NAE_Eesti_seltside_protokollid_1900-1917, lk 3
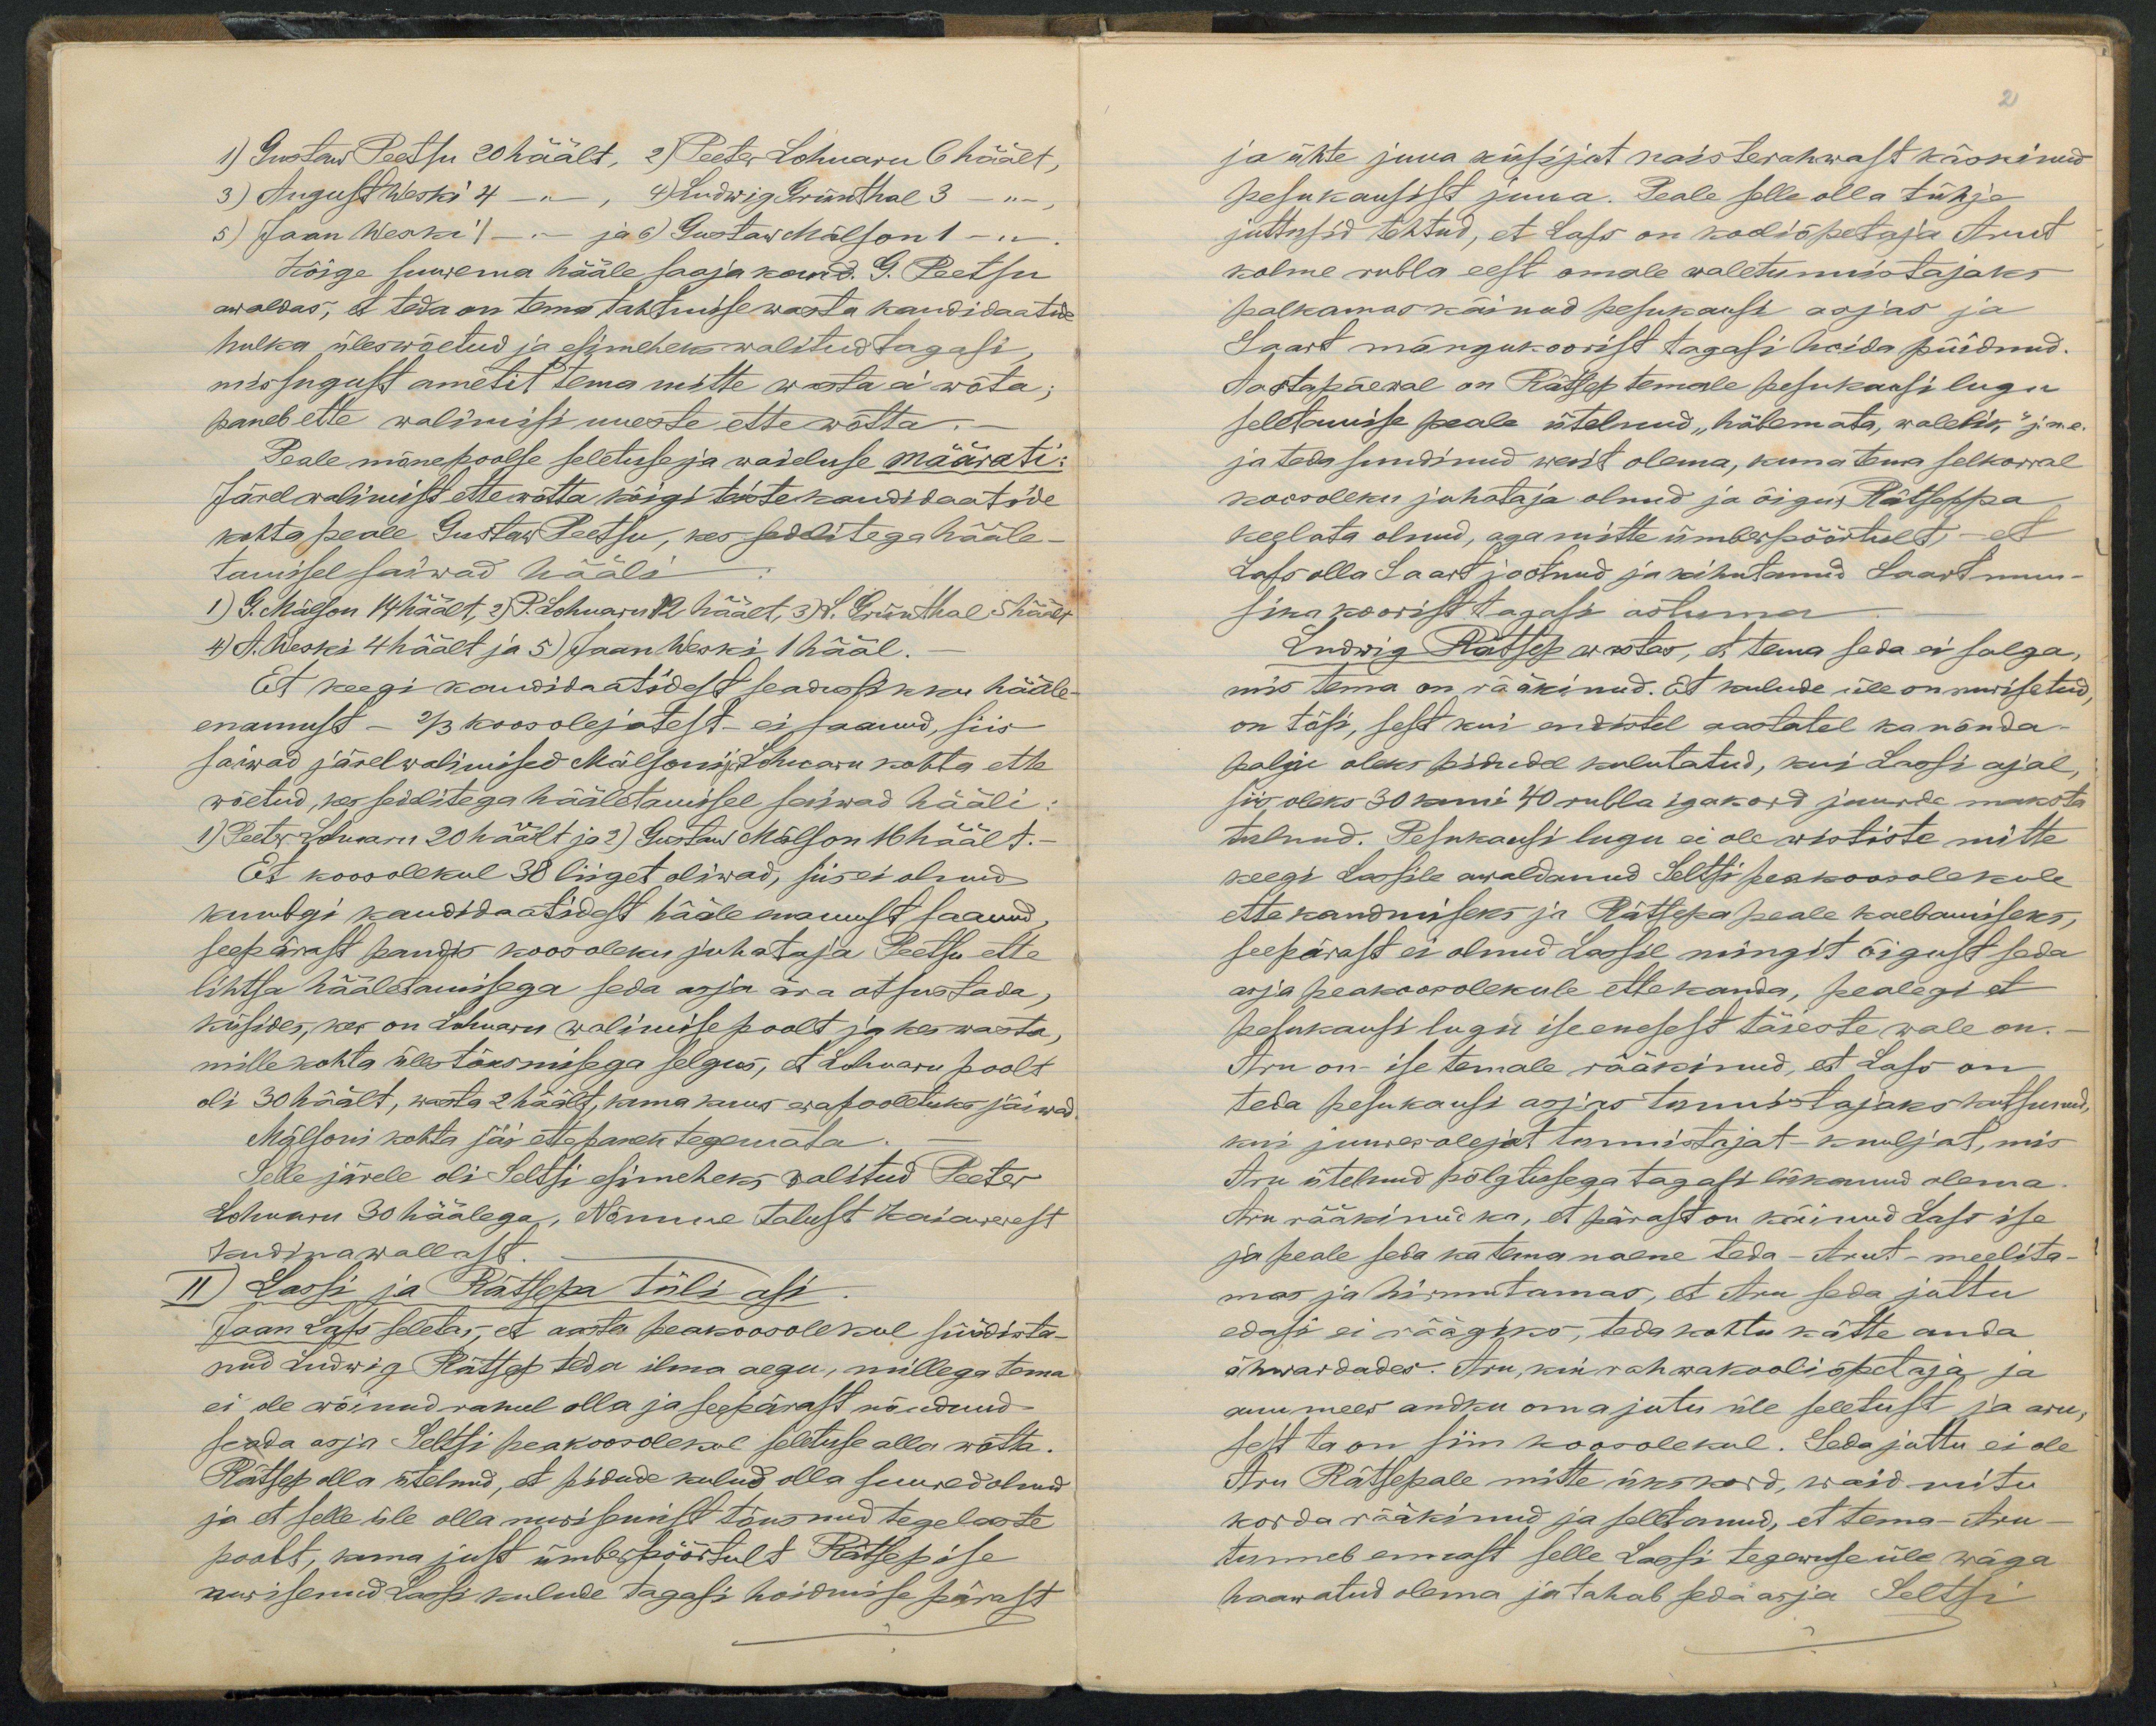
1) Gustaw Peetsu 20 häält, 2) Peeter Lohuaru 6 häält,
3) August Weski 4 -"-, 4) Ludwig Grünthal 3 - "-,
5) Jaan Weski 1-"- ja 6) Gustaw Mälson 1 -"-.
Kõige suurema hääle saaja kand. G. Peetsu
awaldas,et teda on tema tahtmise wasta kandidaatide
hulka üleswõetud ja esimeheks walitud tagasi
missugust ametit tema mitte wasta ei wõta,
paneb ette walimisi uueste ette wõtta.
Peale mõnepoolse seletusse ja waieluse määrati:
Järelwalimist ettewõtta kõigi teiste kandidaatide
kohta peale Gustaw Peetsu, kes sedelitega hääle-
tamisel saiwad hääli
1) G. Mälson 14 häält, 2) P. Lohuaru 12 häält, 3) L.. Grünthal 5 häält
4) A. Weski 4 häält ja 5) Jaan Weski 1 hääl.
Et keegi kandidaatidest seaduslikku hääle-
enamust - 2/3 koosolejatest ei saanud, siis
saiwad järelwalimised Mälsoni ja Lohuaru kohta ette
wõetud, kes sedelitega hääletamisel saiwad hääli:
1) Peeter Lohuaru 20 häält ja 2) Gustaw Mälson 16 häält.
Et koosolekul 38 liiget oliwad, siis ei olnud
kumbgi kandidaatidest hääle enamust saanud
seepärast pandis koosoleku juhataja Peetsu ette
lihtsa hääletamisega seda asja ära otsustada,
küsides, kes on Lohuaru walimise poolt ja kes wasta,
mille kohta üles tõusmisega selgus, et Lohuaru poolt
oli 30 häält, wasta 2 häält, kuna kuus erapooletuks jäiwad.
Mälsoni kohta jäi ettepanek tegemata.
Selle järele oli Seltsi esimeheks walitud Peeter
Lohuaru 30 häälega, Nõmme talust Kaiawerest
Kudina wallast.
II) Lassi ja Rätsepa tüli asi
Jaan Lass seletas, et aasta peakoosolekul süüdista-
nud Ludwig Rätsep teda ilma aegu, millega tema
ei ole wõinud rahul olla ja seepärast nõudnud
seada asja Seltsi peakoosolekul seletuse alla wõtta.
Rätsep olla ütelnud, et pidude kulud olla suured olnud
ja et selle üle olla nurisemist tõusnud tegelaste
poolt, kuna just ümberpöörtult Rätsep ise
nurisenud Lassi kuluDe tagasi hoidmisse pärast

ja ühte juua küsijat naisterahwast käskinud
pesukausist juua. Peale selle olla tühja
juttusid tehtud, et Lass on koduõpetaja Arut
kolme rubla eest omale waletunnistajaks
palkamas käinud pesukausi asjas ja
Saart mängukoorist tagasi hoida püidnud.
Aastapäewal on Rätsep temale pesukausi lugu
seletamise peale ütelnud "häbemata, waletis" j.n.e.
ja teda sundinud wait olema, kuna tema selkorral
koosoleku juhataja olnud ja õigus Rätseppa
keelata olnud, aga mitte ümberpöörtult, - et
Lass olla Saart jootnud ja kihutanid Saart muu-
sikakoorist tagasi astuma
Ludwig Rätsep wastas, et tema seda ei salga,
mis tema on rääkinud. Et kulude üle on nurisetud
on tõsi, sest kui endistel aastatel ka nõnda
palju oleks pidudel kulutatud, kui Lassi ajal,
siis oleks 30 kuni 40 rubla igakord juurde maksta
tulnud. Pesukausi lugu ei ole wististe mitte
keegi Lassile awaldanud Seltsi peakoosolekule
ette kandmiseks ja Rätsepa peale kaebamiseks,
seepärast ei olnud Lassil mingit õigust seda
asja peakoosolekule ettekanda, pealegi et
pesukausi lugu iseenesest täieste wale on.
Aru on ise temale rääkinud, et Lass on
teda pesukausi asjas tunnistajaks kutsunud,
kus juuresplejat tunnistajat-kuuljat, mis
Aru ütelnud põlgtusega tagasi lükanud olema.
Aru rääkinud ka, et pärast on käinud Lass ise
ja peale seba ka tema naene teda - Arut- meelita-
mas ja hirmutamas, et Aru seda juttu
edasi ei eäägiks, teda kohtu kätte anda
ähwardades- Aru, kui rahwakooliõpetaja ja
auumees andku omajutu üle seletust ja aru,
sest ta on siin koooolekul. Sedajuttu ei ole
Aru Rätsepale mitte ükskord, waid mitu
korda rääkinud ja selltanud, et tema -Aru-
tunneb ennast selle Lassi tegewuse üle wäga
haawatud olema ja tahab seda asja Seltsi